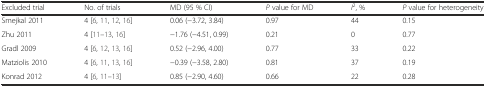
<table><thead><tr><td><b>Excluded trial</b></td><td><b>No. of trials</b></td><td><b>MD (95 % CI)</b></td><td><b><i>P</i> value for MD</b></td><td><b><i>I</i><sup>2</sup>, %</b></td><td><b><i>P</i> value for heterogeneity</b></td></tr></thead><tbody><tr><td>Smejkal 2011</td><td>4 [6, 11, 12, 16]</td><td>0.06 (−3.72, 3.84)</td><td>0.97</td><td>44</td><td>0.15</td></tr><tr><td>Zhu 2011</td><td>4 [11–13, 16]</td><td>−1.76 (−4.51, 0.99)</td><td>0.21</td><td>0</td><td>0.77</td></tr><tr><td>Gradl 2009</td><td>4 [6, 12, 13, 16]</td><td>0.52 (−2.96, 4.00)</td><td>0.77</td><td>33</td><td>0.22</td></tr><tr><td>Matziolis 2010</td><td>4 [6, 11, 13, 16]</td><td>−0.39 (−3.58, 2.80)</td><td>0.81</td><td>37</td><td>0.19</td></tr><tr><td>Konrad 2012</td><td>4 [6, 11–13]</td><td>0.85 (−2.90, 4.60)</td><td>0.66</td><td>22</td><td>0.28</td></tr></tbody></table>